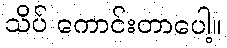
သိပ် ကောင်းတာပေါ့။